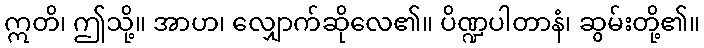
ဣတိ၊ ဤသို့။ အာဟ၊ လျှောက်ဆိုလေ၏။ ပိဏ္ဍပါတာနံ၊ ဆွမ်းတို့၏။